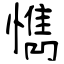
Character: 懏